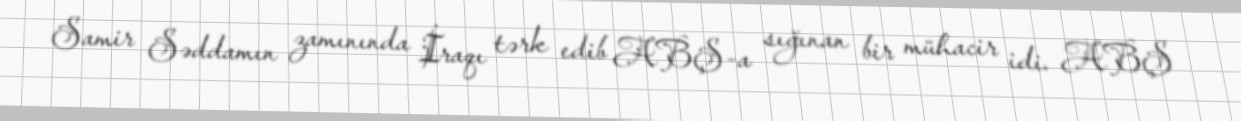
Samir Səddamın zamınında İraqı tərk edib ABŞ-a sığınan bir mühacir idi. ABŞ